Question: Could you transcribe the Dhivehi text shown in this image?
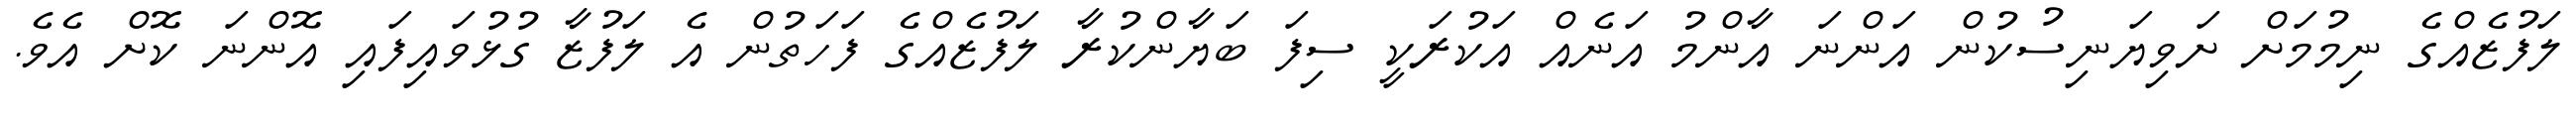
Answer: ލަފުޒެއްގެ ނިމުމަށް ށަވިޔަނިސުކުން އަންނަ އާންމު އަނެއް އަކުރަކީ ސިފަ ބަޔާންކުރާ ލަފުޒެއްގެ ފަހަތުން އެ ލަފުޒާ ގުޅުވައިފައި އޮންނަ ކޮށް އެވެ.